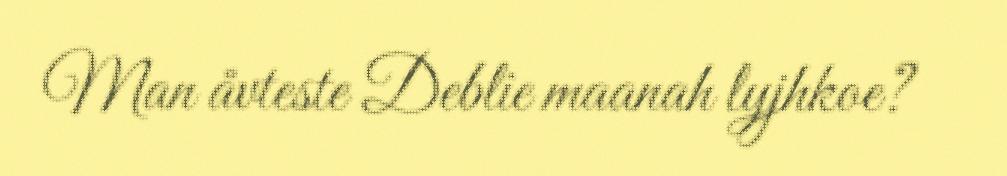
Man åvteste Deblie maanah lyjhkoe?